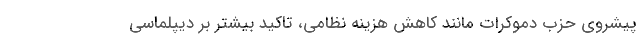
پیشروی حزب دموکرات مانند کاهش هزینه نظامی، تاکید بیشتر بر دیپلماسی